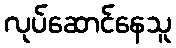
လုပ်ဆောင်နေသူ